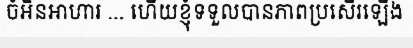
ចំអិនអាហារ ... ហើយខ្ញុំទទួលបានភាពប្រសើរឡើង